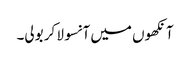
آنکھوں میں آنسو لا کر بولی۔